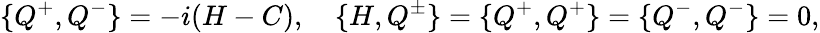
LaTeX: \{ Q^{+},Q^{-}\} =-i(H-C),\quad\{ H,Q^{\pm}\} =\{ Q^{+},Q^{+}\} =\{ Q^{-},Q^{-}\} =0,